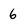
Character: 6